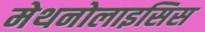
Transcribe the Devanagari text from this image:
मेथनोलाइसिस